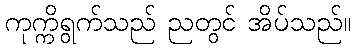
ကုက္ကိရွက်သည် ညတွင် အိပ်သည်။